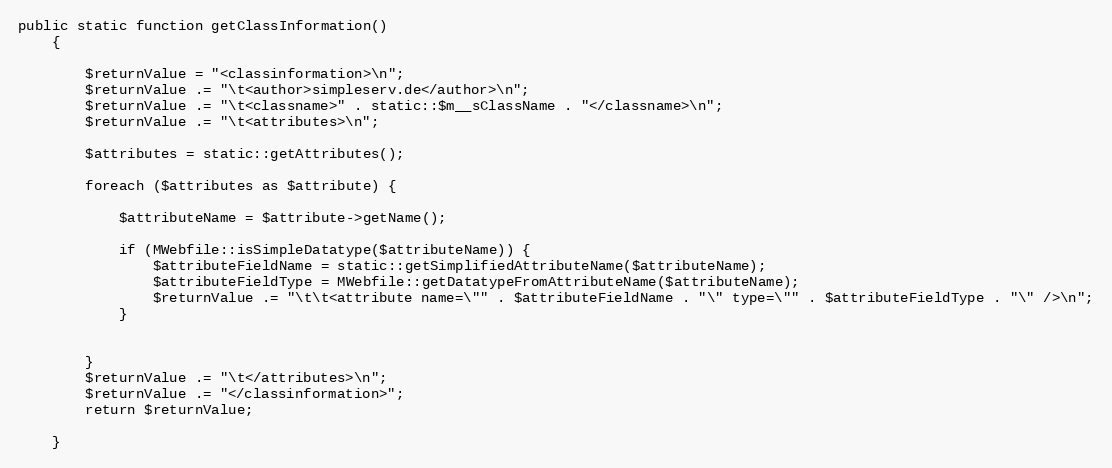
Language: PHP
public static function getClassInformation()
    {

        $returnValue = "<classinformation>\n";
        $returnValue .= "\t<author>simpleserv.de</author>\n";
        $returnValue .= "\t<classname>" . static::$m__sClassName . "</classname>\n";
        $returnValue .= "\t<attributes>\n";

        $attributes = static::getAttributes();

        foreach ($attributes as $attribute) {

            $attributeName = $attribute->getName();

            if (MWebfile::isSimpleDatatype($attributeName)) {
                $attributeFieldName = static::getSimplifiedAttributeName($attributeName);
                $attributeFieldType = MWebfile::getDatatypeFromAttributeName($attributeName);
                $returnValue .= "\t\t<attribute name=\"" . $attributeFieldName . "\" type=\"" . $attributeFieldType . "\" />\n";
            }

        }
        $returnValue .= "\t</attributes>\n";
        $returnValue .= "</classinformation>";
        return $returnValue;

    }